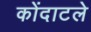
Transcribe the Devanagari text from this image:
कोंदाटले